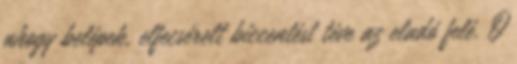
ahogy belépek, elfecsérelt biccentést téve az eladó felé. Ő